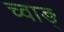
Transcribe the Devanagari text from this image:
च्वाङ्‌